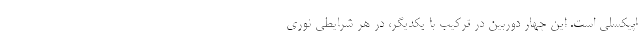
اپیکسلی است. این چهار دوربین در ترکیب با یکدیگر، در هر شرایطی نوری